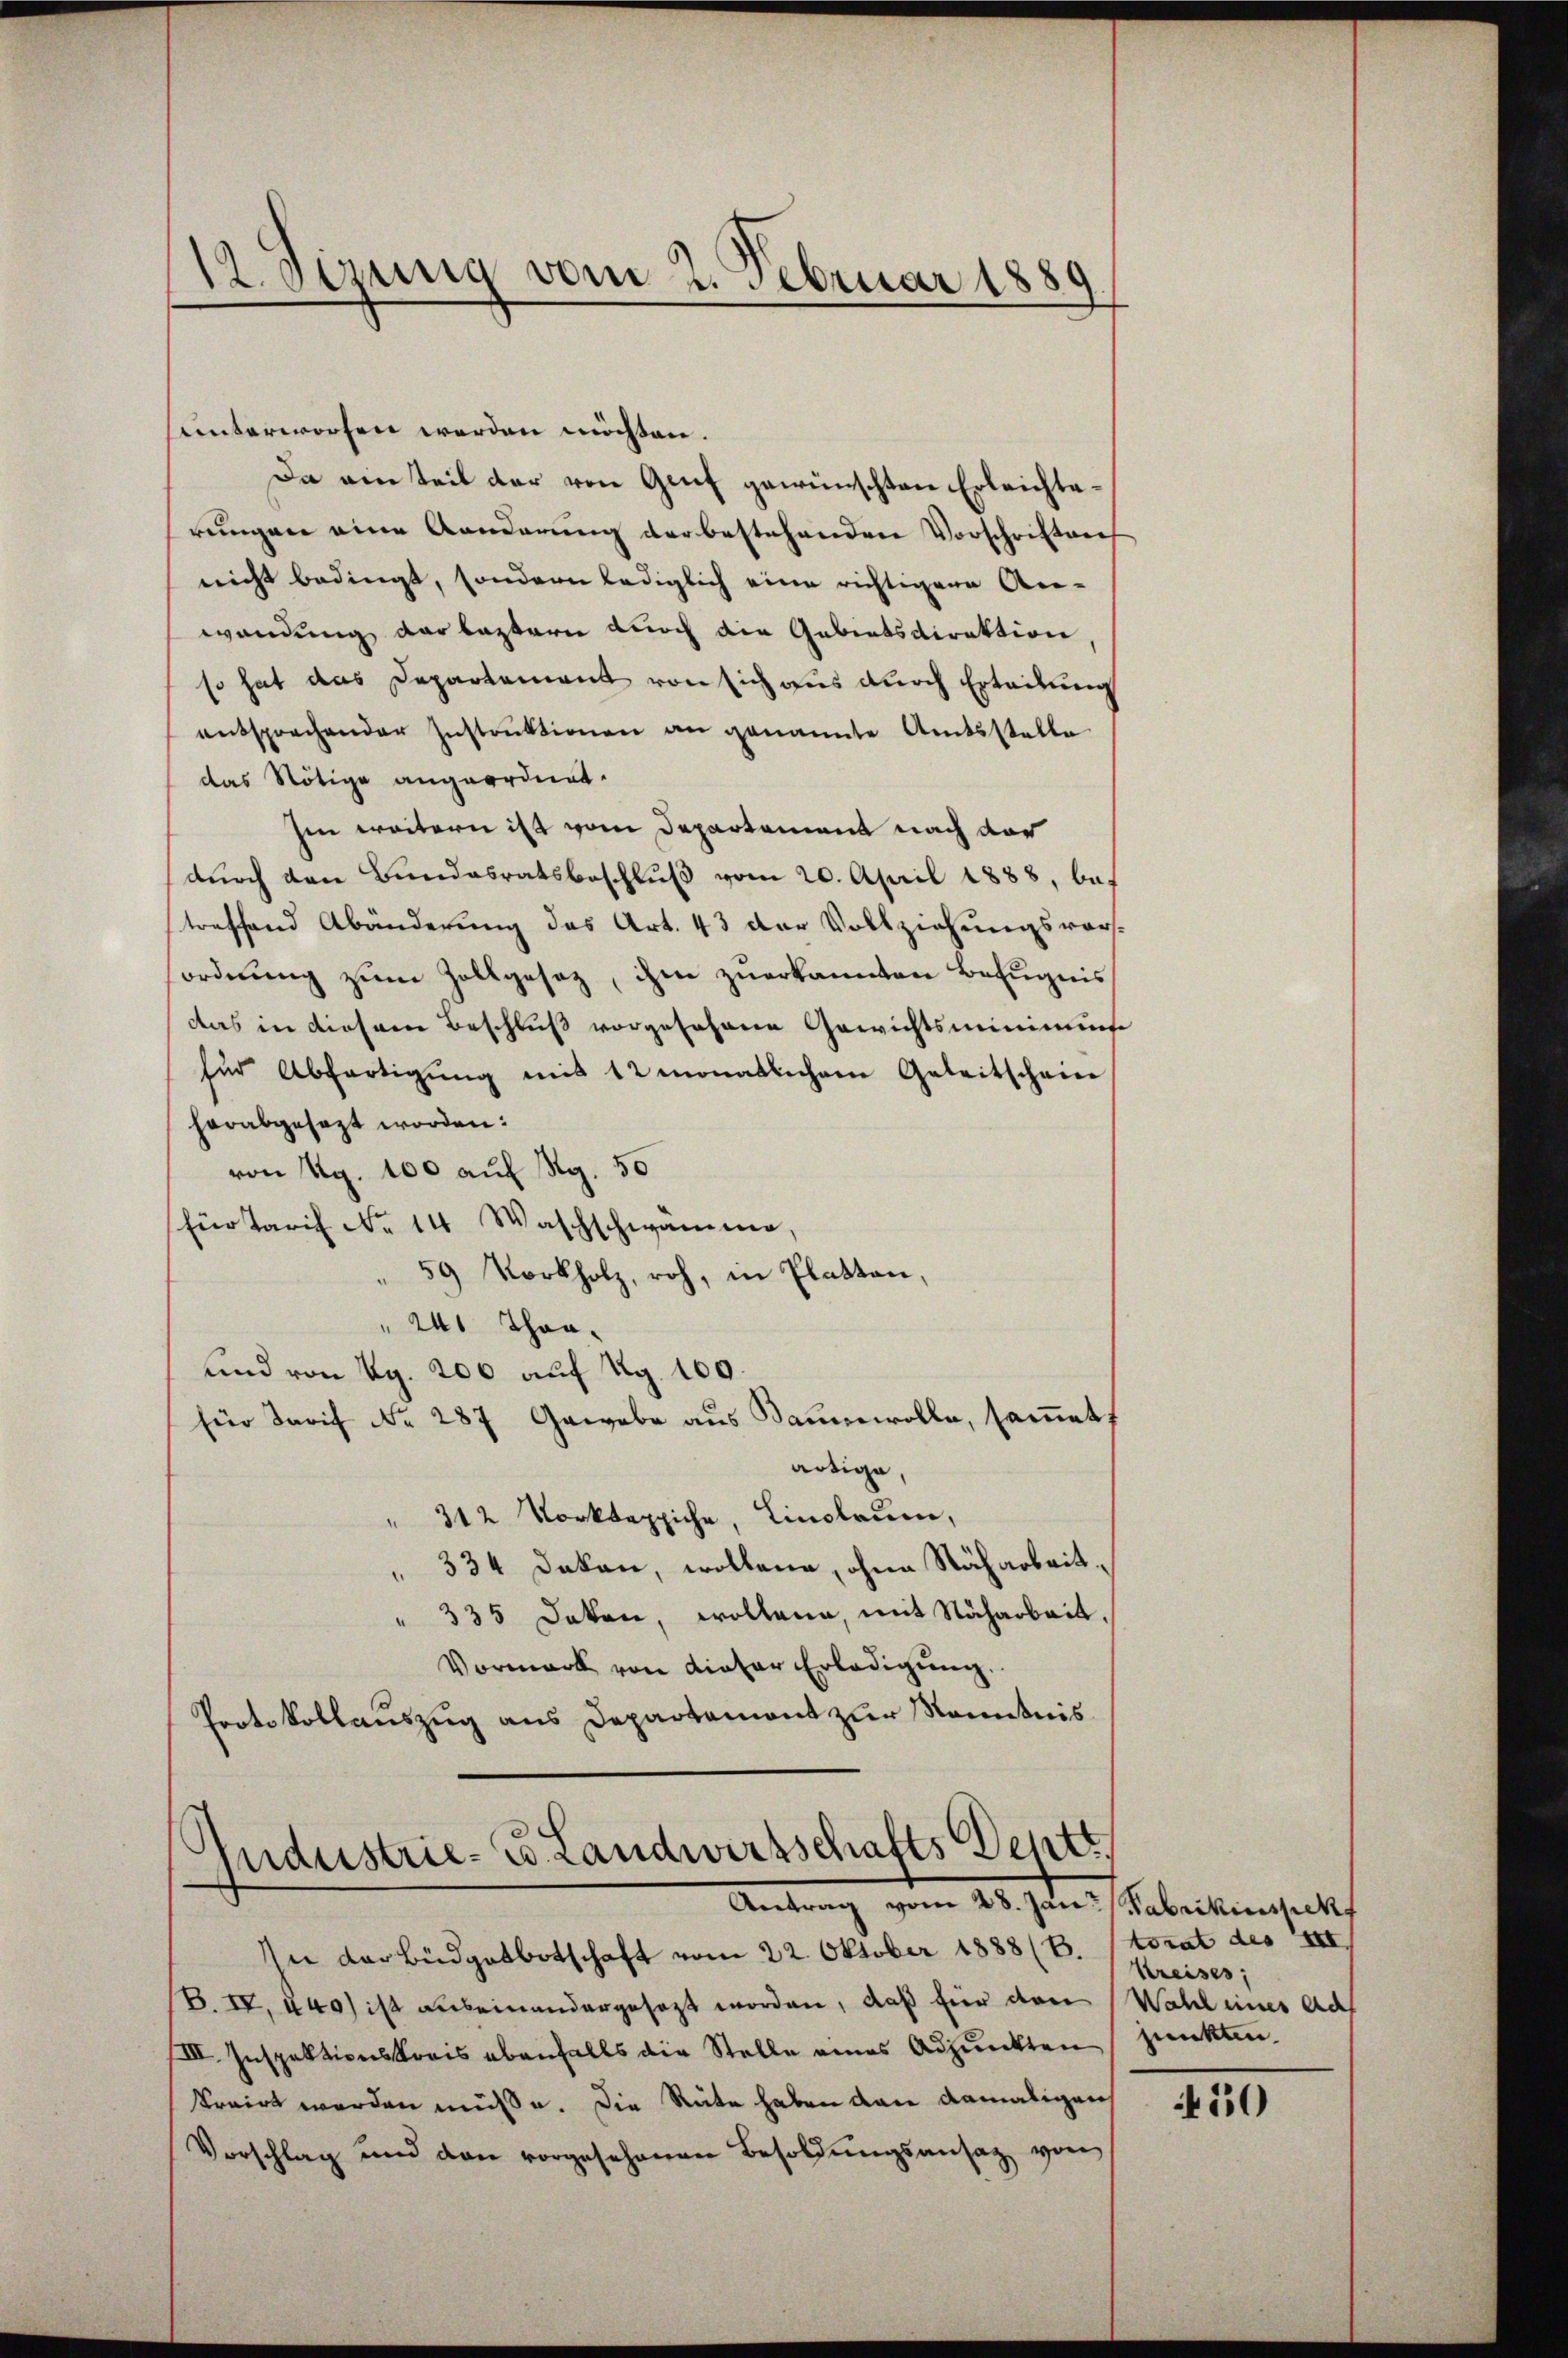
12. Sezung vom 2. Februar 1889

hunterworfen werden möchten.
Da ein teil der von Genf gewünschten Erleichterungen eine Kanderung der bestehenden Vorschriften
nicht bedingt, sondern lediglich eine richtigene An-
wendung der leztern durch die Gebietsdirektion
so hat das Departement von sich aus durch Erteilung
entsprechender Instrŭktionen an genannte Amtsstelle
das Nötige angeordnet.
Im weitern ist vom Departament nach der
dŭrch den Bundesratsbeschlŭβ vom 20. April 1888, bef
treffend Abänderung des Art. 43 der Vollziehungsver-
ordnung zŭm Zollgesetz, ihm zuerkannten Befugnis
das in diesem Beschluß vorgesehene Gewichtsminimus
für Abfertigŭng mit 12 monatlichen Geleitschein
herabgesezt worden:
von Rg. 100 auf Rg. 50
fürtarif No 14 Waschschwamme,
59 Korkholz, roh, in Platten,
24 Thaa¬
und von ag. 200 auf Rg. 100.
für Tarif Nr. 287 Gewebe aus Baumwolle, samet
artige,
312 Vorkeppiche, Einstrum,
334 Dakan, wollene, ohne Stäharbeit¬
335 Dakon, wollen, mit Nacharbeit.
Vormark von dieser Erledigŭng.
Protokollauszug aus Departemont zur Kenntnis

.
ndustrie- u. Landwirtschafts Dentr
28. Jun. Gabrikinspechf

In der Büdgetbotschaft vom 22. Oktober 1888 (B. (torat des XII
B. IV, 140) ist auseinandergesezt worden, daß für den Wahl eines ad
III. Inspektionskrais ebenfalls die Stelle eines Adjunkten punkten.
krairt werden müße. Die Rüte haben dann damaligen
Vorschlag und den vorgesehenen Besoldŭngsansaz von

Kreises;

50